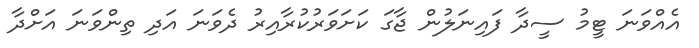
އެއްވަނަ ޓީމު ސީދާ ފައިނަލުން ޖާގަ ކަށަވަރުކުރާއިރު ދެވަނަ އަދި ތިންވަނަ އަށްދާ